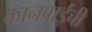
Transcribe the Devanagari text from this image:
कानबाईची